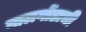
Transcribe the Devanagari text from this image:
नालगोंडाची